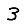
Digit: 3